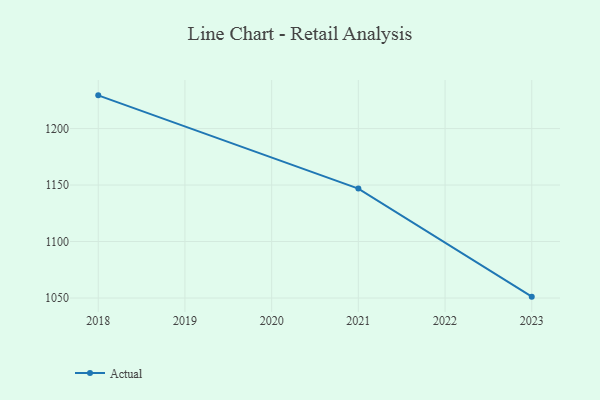
{"axis": {"x": "Year", "y": "Inventory Turnover"}, "legend": ["Actual"], "data": [{"x": "2023", "y": 1051.2, "type": "Actual"}, {"x": "2021", "y": 1146.9, "type": "Actual"}, {"x": "2018", "y": 1229.4, "type": "Actual"}]}